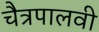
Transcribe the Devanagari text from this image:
चैत्रपालवी